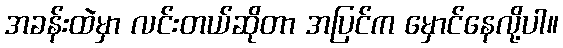
အခန်းထဲမှာ လင်းတယ်ဆိုတာ အပြင်က မှောင်နေလို့ပါ။